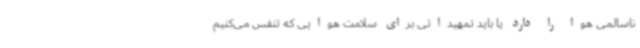
ناسالمی هوا را دارد یا باید تمهیداتی برای سلامت هوایی که تنفس می‌کنیم